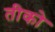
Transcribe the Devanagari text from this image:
तीको